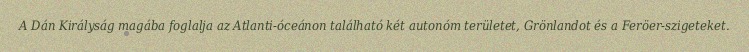
A Dán Királyság magába foglalja az Atlanti-óceánon található két autonóm területet, Grönlandot és a Feröer-szigeteket.